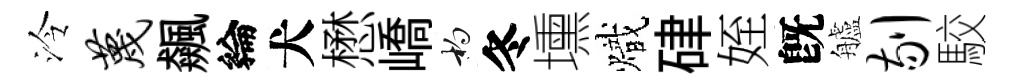
泠蔑飆綸犬懋嶠杓冬壎熾硉姪旣艫剔駮